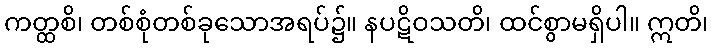
ကတ္ထစိ၊ တစ်စုံတစ်ခုသောအရပ်၌။ နပဋိဝသတိ၊ ထင်စွာမရှိပါ။ ဣတိ၊